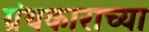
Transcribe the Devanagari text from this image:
ग्रंथकाराच्या